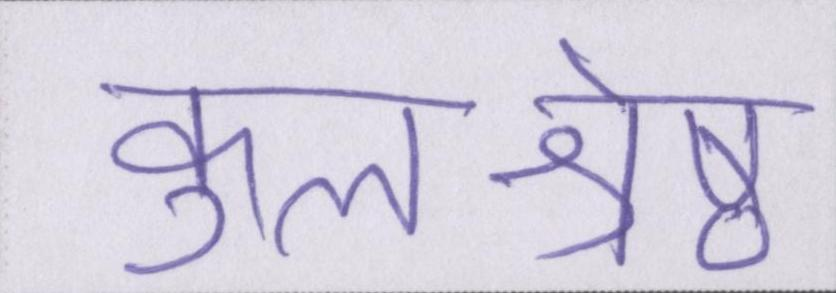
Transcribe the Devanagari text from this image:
कुलश्रेष्ठ